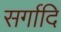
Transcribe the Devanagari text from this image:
सर्गादि